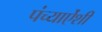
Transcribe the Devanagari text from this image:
पंच्याऐंशी